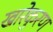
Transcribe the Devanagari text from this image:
खारेकुरण